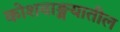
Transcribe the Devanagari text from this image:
कोशवाङ्मयातील